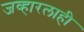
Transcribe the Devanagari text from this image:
जव्हारलाही